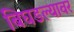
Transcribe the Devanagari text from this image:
बिघडल्यावर